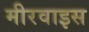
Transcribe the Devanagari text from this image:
मीरवाइस